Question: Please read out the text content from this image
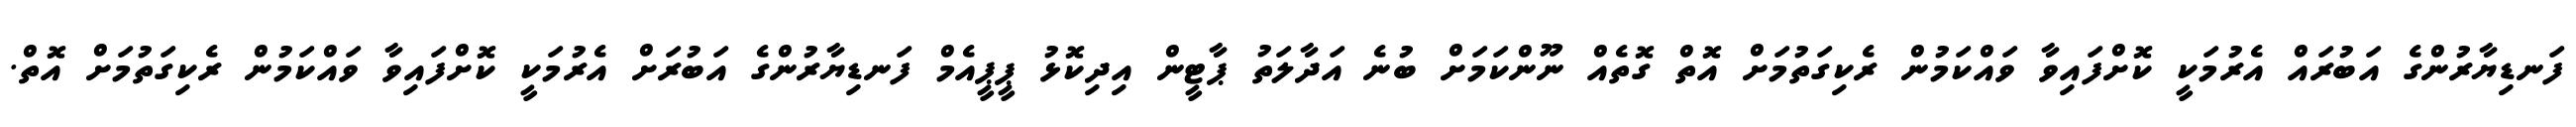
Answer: ފަނޑިޔާރުންގެ އަބުރައް އެރުމަކީ ކޮށްފައިވާ ވައްކަމުން ރެކިގަތުމަށް އޮތް ގޮތެއް ނޫންކަމަށް ބުނެ އަދާލަތު ޕާޓީން އިދިކޮޅު ޕީޕީއެމް ފަނޑިޔާރުންގެ އަބުރަށް އެރުމަކީ ކޮށްފައިވާ ވައްކަމުން ރެކިގަތުމަށް އޮތް.